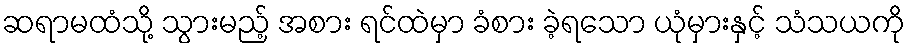
ဆရာမထံသို့ သွားမည့် အစား ရင်ထဲမှာ ခံစား ခဲ့ရသော ယုံမှားနှင့် သံသယကို